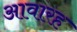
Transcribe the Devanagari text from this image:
आवारह